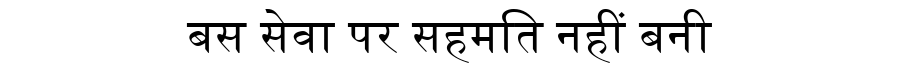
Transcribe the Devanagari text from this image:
बस सेवा पर सहमति नहीं बनी